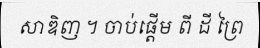
សាឌិញ ។ ចាប់ផ្តើម ពី ដី ព្រៃ